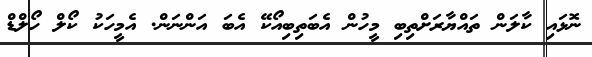
ނޮޅައި ކާލަން ތައްޔާރަށްތިބި މީހުން އެބަތިބިއޯކޭ އެބަ އަންނަން. އެމީހަކު ކޯލް ހޯލްޑް